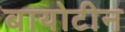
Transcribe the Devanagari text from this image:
बायोटीन